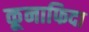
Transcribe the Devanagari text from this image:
कूनाफिदा